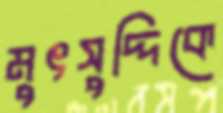
মুৎসুদ্দিকে